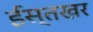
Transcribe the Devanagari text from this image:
ईस्तखर